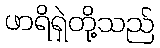
ဖာရိရှဲတို့သည်